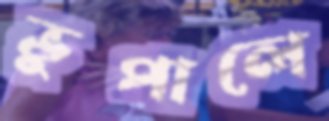
ভুপালে